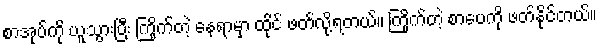
စာအုပ်ကို ယူသွားပြီး ကြိုက်တဲ့ နေရာမှာ ထိုင် ဖတ်လို့ရတယ်။ ကြိုက်တဲ့ စာပေကို ဖတ်နိုင်တယ်။